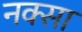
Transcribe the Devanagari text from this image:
नक्सा